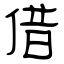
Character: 借